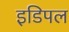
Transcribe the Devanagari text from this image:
इडिपल